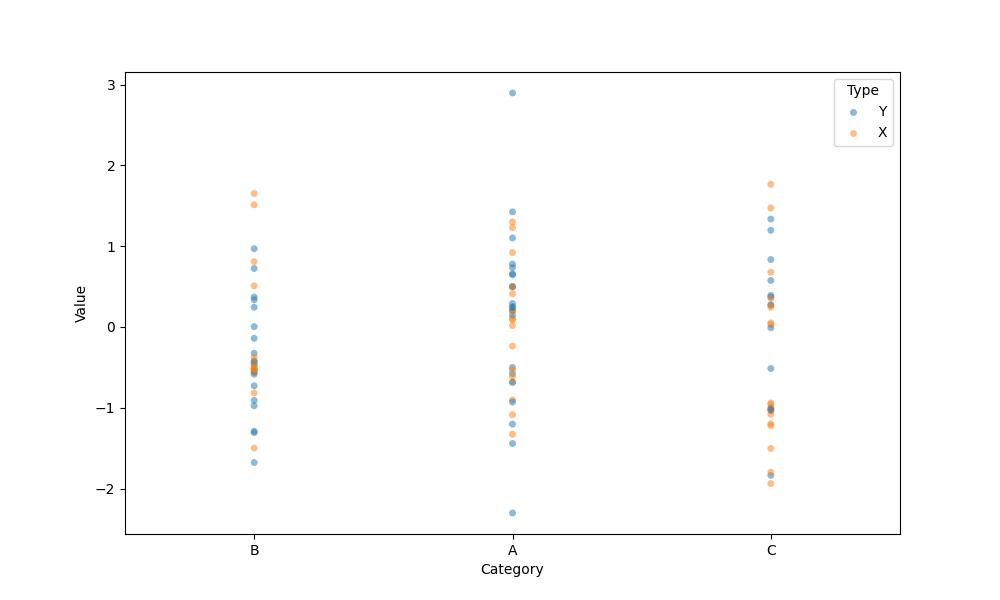
python, seaborn, stripplot, jitter=False, dodge=False, alpha=0.5, size=5